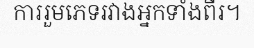
ការរួមភេទរវាងអ្នកទាំងពីរ។